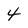
Character: 4